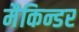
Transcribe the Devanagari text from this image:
मैकिन्डर